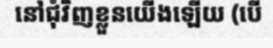
នៅជុំវិញខ្លួនយើងឡើយ (បើ